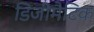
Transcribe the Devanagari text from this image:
डिजीमैटिक